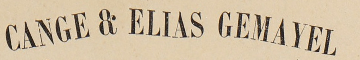
CANGE & ELIAS GEMAYEL